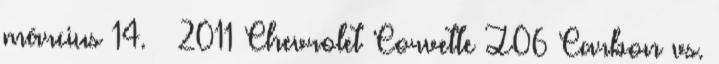
március 14. ↑ 2011 Chevrolet Corvette Z06 Carbon vs.